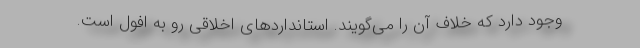
وجود دارد که خلاف آن را می‌گویند. استانداردهای اخلاقی رو به افول است.